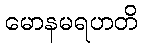
မောနမရဟတိ